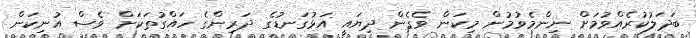
ބަދަލުކުރެއްވުމަށް ނިންމެވުމުން މިކަން ވެގެން ދިޔައީ އަޅުގަނޑުގެ ދަރިންގެ ހައްގުތަކަށް ވެސް އުނިކަން